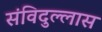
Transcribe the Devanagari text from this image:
संविदुल्लास